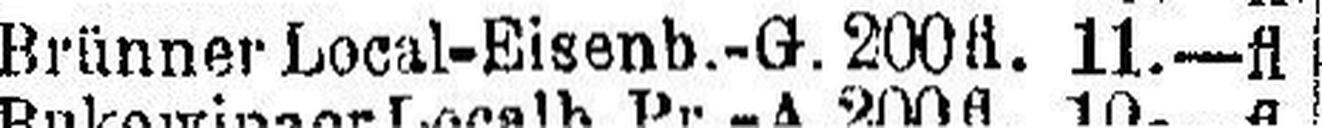
Brünner Local-Eisenb.-G. 200 fl. 11.—fl.